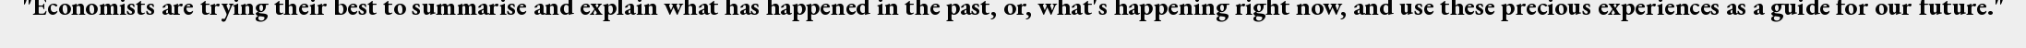
"Economists are trying their best to summarise and explain what has happened in the past, or, what's happening right now, and use these precious experiences as a guide for our future."